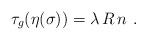
LaTeX: \begin{align*}\tau_{g}(\eta({\sigma})) = \lambda \, R \, {n} \ .\end{align*}